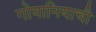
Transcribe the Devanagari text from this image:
गोयानियाची